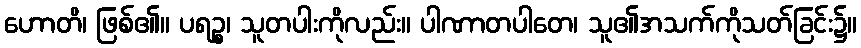
ဟောတိ၊ ဖြစ်၏။ ပရဉ္စ၊ သူတပါးကိုလည်း။ ပါဏာတပါတေ၊ သူ၏အသက်ကိုသတ်ခြင်း၌။